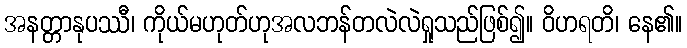
အနတ္တာနုပဿီ၊ ကိုယ်မဟုတ်ဟုအလဘန်တလဲလဲရှုသည်ဖြစ်၍။ ဝိဟရတိ၊ နေ၏။